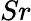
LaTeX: Sr